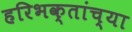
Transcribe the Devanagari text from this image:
हरिभक्तांच्या